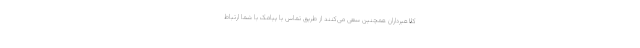
کلاهبرداران همچنین سعی می‌کنند از طریق تماس یا پیامک با شما ارتباط